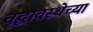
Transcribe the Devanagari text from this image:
वृद्धावस्थेच्या